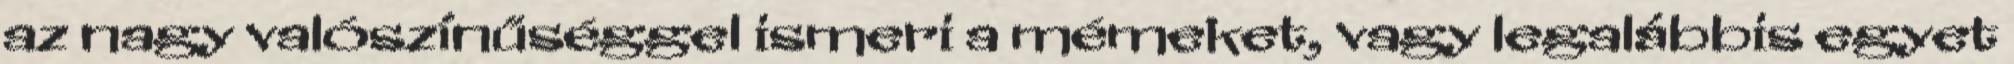
az nagy valószínűséggel ismeri a mémeket, vagy legalábbis egyet